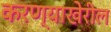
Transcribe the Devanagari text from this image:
करण्याखेरील